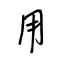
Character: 用